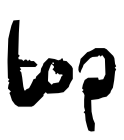
Text: top
Cross-out: clean
Writing tool: digital_black